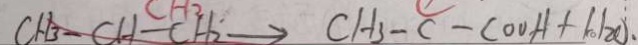
C H _ { 3 } - C H - C H _ { 2 } \rightarrow C H _ { 3 } - C - C O O H + H _ { 2 } O .